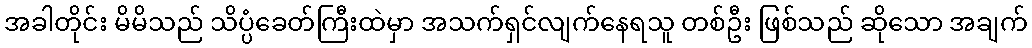
အခါတိုင်း မိမိသည် သိပ္ပံခေတ်ကြီးထဲမှာ အသက်ရှင်လျက်နေရသူ တစ်ဦး ဖြစ်သည် ဆိုသော အချက်